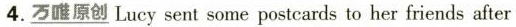
4. \underline{万唯原创} Lucy sent some postcards to her friends after